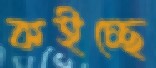
কইচ্ছে